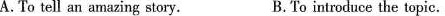
A.To tell an amazing story. B.To introduce the topic.